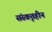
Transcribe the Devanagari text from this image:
संस्कृतहीन